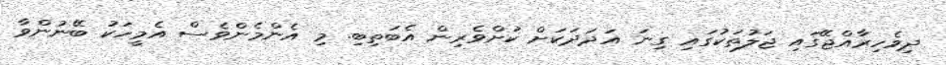
ދިވެހިރާއްޖޭގައި ޖަލުތަކުގައި ގިނަ އަދަދަކަށް ކުށްވެރިން އެބަތިބި. މި އެންމެންވެސް އެމީހަކު ބޭނުންވާ